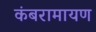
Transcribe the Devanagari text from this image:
कंबरामायण